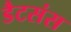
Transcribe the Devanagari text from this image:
डैटसंस